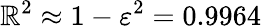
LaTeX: \mathbb{R}^{2}\approx1-\varepsilon^{2}=0.9964